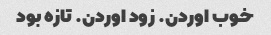
خوب اوردن. زود اوردن. تازه بود